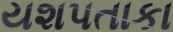
યશપતાકા